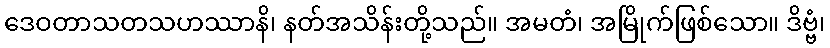
ဒေဝတာသတသဟဿာနိ၊ နတ်အသိန်းတို့သည်။ အမတံ၊ အမြိုက်ဖြစ်သော။ ဒိဗ္ဗံ၊